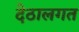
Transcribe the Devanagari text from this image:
देठालगत